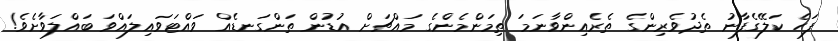
ފަހެ ކަލޭގެފާނު ތެދުވެރިންގެ ތެރެއިންވާނަމަ ތިމަންމެންގެ މައްޗަށް އުޑުން ތަންގަނޑެއް ވައްޓަވައިލައްވަ ބައްލަވާށެވެ!